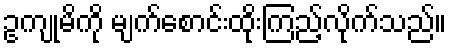
ဥကျုမိကို မျက်စောင်းထိုးကြည့်လိုက်သည်။